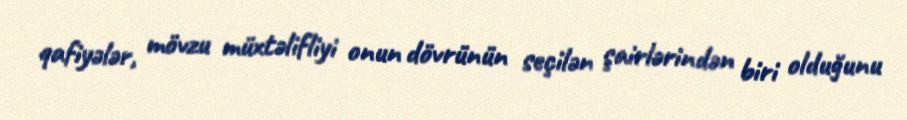
qafiyələr, mövzu müxtəlifliyi onun dövrünün seçilən şairlərindən biri olduğunu